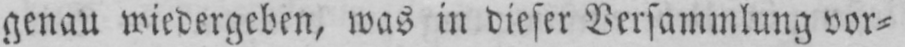
genau wiedergeben, was in dieser Versammlung vor⸗